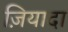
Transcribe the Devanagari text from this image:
ज़ियादा